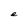
Character: e